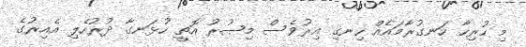
މި ހުރިހާ ހަނގުރާމައެއް ހިނގި އިރުވެސް މިޞުރު އޮތީ ހުޅަނގާ ދުރުހެލި އެއިރުގެ